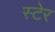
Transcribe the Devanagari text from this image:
स्टेर